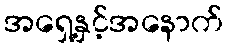
အရှေ့နှင့်အနောက်